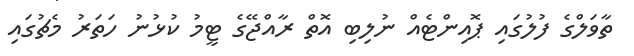
ތާވަލްގެ ފުލުގައި ޕޮއިންޓެއް ނުލިބި އޮތް ރާއްޖޭގެ ޓީމު ކުޅުނު ހަތަރު މެޗުގައި